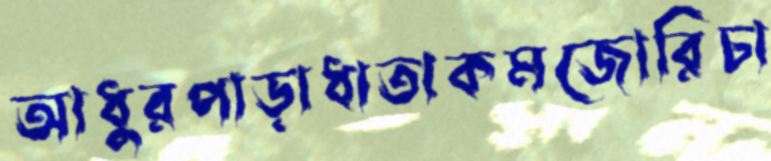
আধুরপাড়াধাতাকমজোরিচা